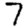
Digit: 7